Indian journal of veterinary science and animal husbandry - Volumes 24-25, 1954-1955
Year: 1954
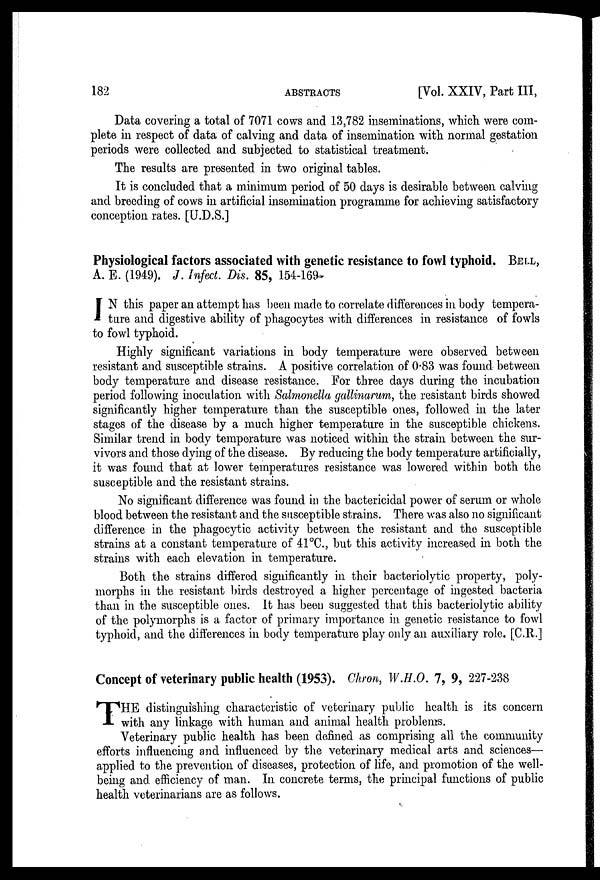
182
ABSTRACTS
[Vol. XXIV, Part III,
Data covering a total of 7071 cows and 13,782 inseminations, which, were com-
plete in respect of data of calving and data of insemination with normal gestation
periods were collected and subjected to statistical treatment.
The results are presented in two original tables.
It is concluded that a minimum period of 50 days is desirable between calving
and breeding of cows in artificial insemination programme for achieving satisfactory
conception rates. [U.D.S.]
Physiological factors associated with genetic resistance to fowl typhoid. BELL,
A. E. (1949). J. Infect. Dis. 85, 154-169-
I N this paper an attempt has been made to correlate differences in body tempera-
ture and digestive ability of phagocytes with differences in resistance of fowls
to fowl typhoid.
Highly significant variations in body temperature were observed between
resistant and susceptible strains. A positive correlation of 0.83 was found between
body temperature and disease resistance. For three days during the incubation
period following inoculation with Salmonella gallinarum, the resistant birds showed
significantly higher temperature than the susceptible ones, followed in the later
stages of the disease by a much higher temperature in the susceptible chickens.
Similar trend in body temperature was noticed within the strain between the sur-
vivors and those dying of the disease. By reducing the body temperature artificially,
it was found that at lower temperatures resistance was lowered within both the
susceptible and the resistant strains.
No significant difference was found in the bactericidal power of serum or whole
blood between the resistant and the susceptible strains. There was also no significant
difference in the phagocytic activity between the resistant and the susceptible
strains at a constant temperature of 41°C., but this activity increased in both the
strains with each elevation in temperature.
Both the strains differed significantly in their bacteriolytic property, poly-
morphs in the resistant birds destroyed a higher percentage of ingested bacteria
than in the susceptible ones. It has been suggested that this bacteriolytic ability
of the polymorphs is a factor of primary importance in genetic resistance to fowl
typhoid, and the differences in body temperature play only an auxiliary role. [C.R.]
Concept of veterinary public health (1953). Chron, W.H.O. 7, 9, 227-238
T HE distinguishing characteristic of veterinary public health is its concern
with any linkage with human and animal health problems.
Veterinary public health has been defined as comprising all the community
efforts influencing and influenced by the veterinary medical arts and sciences—
applied to the prevention of diseases, protection of life, and promotion of the well-
being and efficiency of man. In concrete terms, the principal functions of public
health veterinarians are as follows.